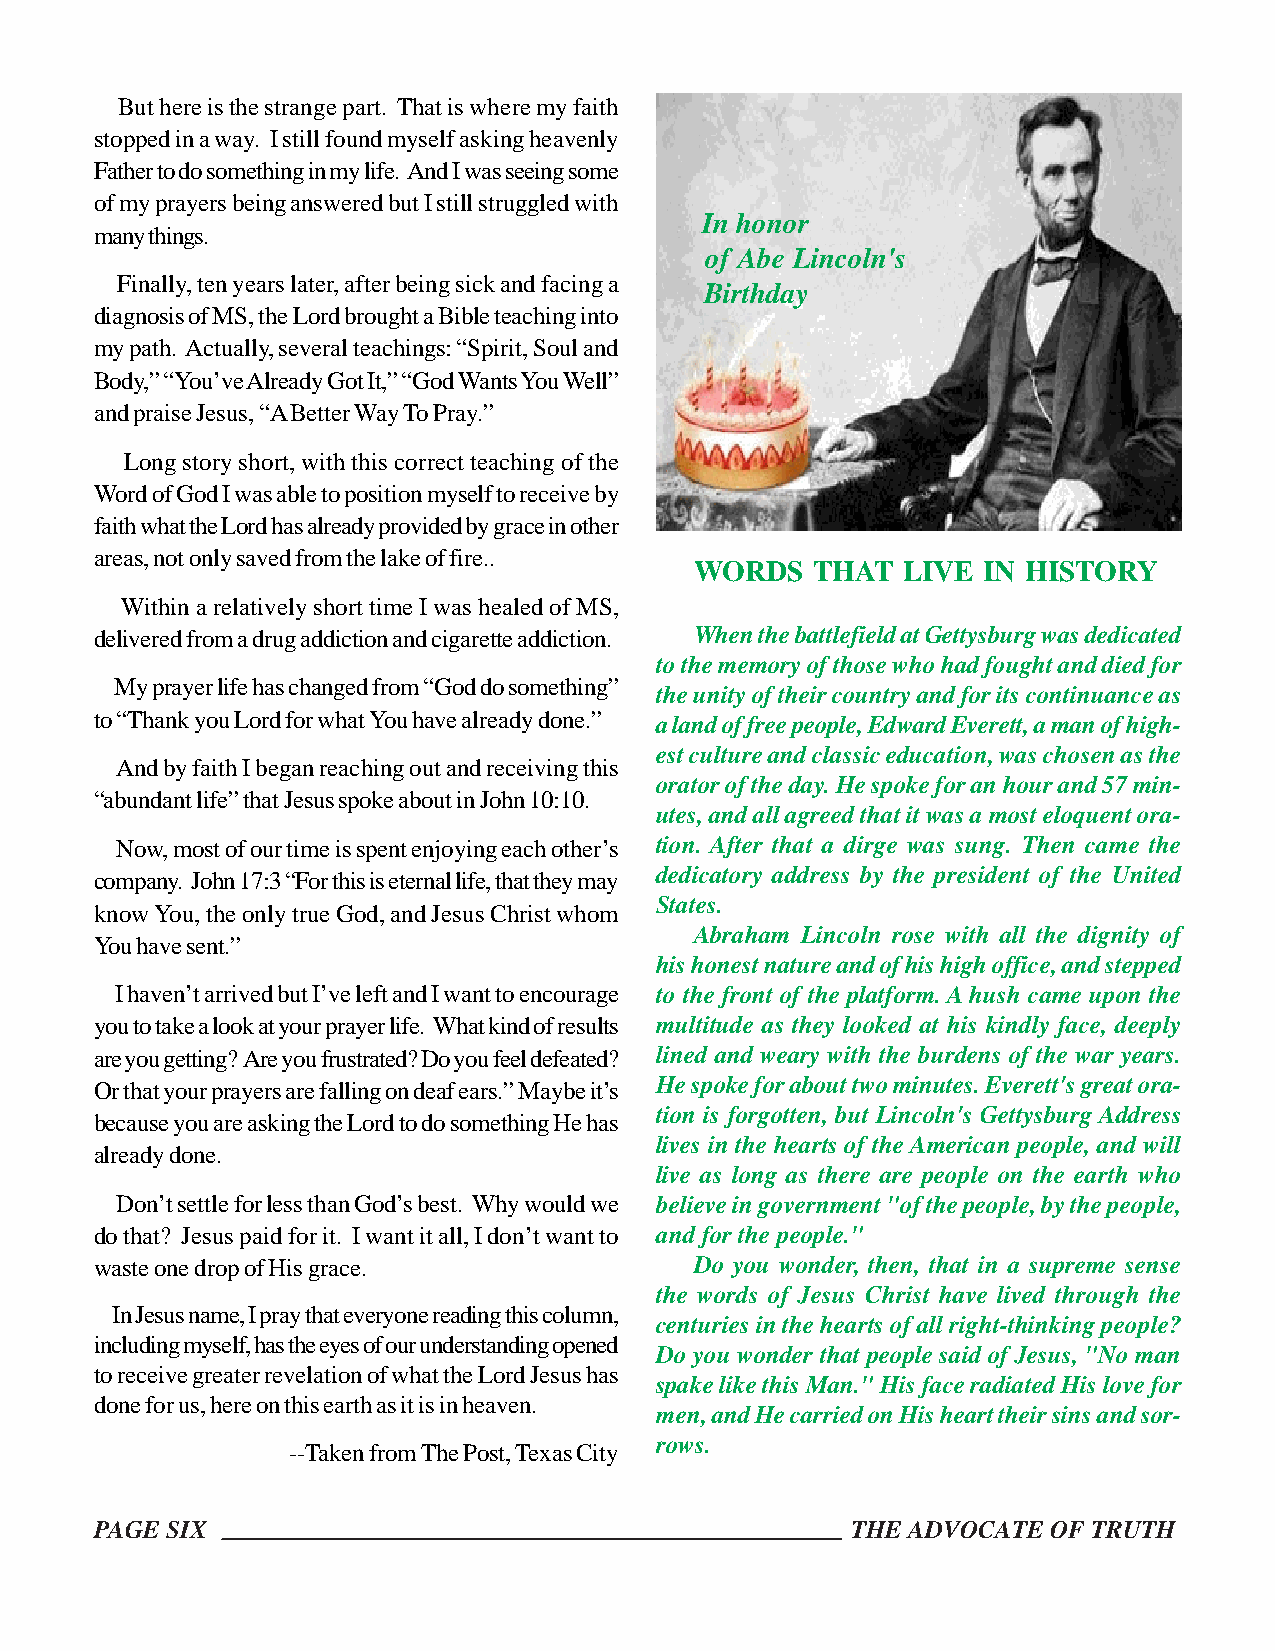
But here is the strange part. That is where my faith
 stopped in a way. I still found myself asking heavenly
 Father to do something in my life. And I was seeing some
 of my prayers being answered but I still struggled with
 In honor
 many things.
 of Abe Lincoln's
 Finally, ten years later, after being sick and facing a
 Birthday
 diagnosis of MS, the Lord brought a Bible teaching into
 my path. Actually, several teachings: “Spirit, Soul and
 Body,” “You’ve Already Got It,” “God Wants You Well”
 and praise Jesus, “A Better Way To Pray.”
 Long story short, with this correct teaching of the
 Word of God I was able to position myself to receive by
 faith what the Lord has already provided by grace in other
 areas, not only saved from the lake of fire..
 WORDS   THAT  LIVE IN HISTORY
 Within a relatively short time I was healed of MS,
 delivered from a drug addiction and cigarette addiction. When the battlefield at Gettysburg was dedicated
 to the memory of those who had fought and died for
 My prayer life has changed from “God do something”
 the unity of their country and for its continuance as
 to “Thank you Lord for what You have already done.” a land of free people, Edward Everett, a man of high-
 est culture and classic education, was chosen as the
 And by faith I began reaching out and receiving this
 orator of the day. He spoke for an hour and 57 min-
 “abundant life” that Jesus spoke about in John 10:10.
 utes, and all agreed that it was a most eloquent ora-
 Now, most of our time is spent enjoying each other’s tion. After that a dirge was sung. Then came the
 dedicatory address by the president of the United
 company. John 17:3 “For this is eternal life, that they may
 States.
 know You, the only true God, and Jesus Christ whom
 Abraham Lincoln rose with all the dignity of
 You have sent.”
 his honest nature and of his high office, and stepped
 I haven’t arrived but I’ve left and I want to encourage to the front of the platform. A hush came upon the
 you to take a look at your prayer life. What kind of results multitude as they looked at his kindly face, deeply
 are you getting? Are you frustrated? Do you feel defeated? lined and weary with the burdens of the war years.
 Or that your prayers are falling on deaf ears.” Maybe it’s He spoke for about two minutes. Everett's great ora-
 tion is forgotten, but Lincoln's Gettysburg Address
 because you are asking the Lord to do something He has
 lives in the hearts of the American people, and will
 already done.
 live as long as there are people on the earth who
 Don’t settle for less than God’s best. Why would we believe in government "of the people, by the people,
 do that? Jesus paid for it. I want it all, I don’t want to and for the people."
 waste one drop of His grace.            Do you wonder, then, that in a supreme sense
 the words of Jesus Christ have lived through the
 In Jesus name, I pray that everyone reading this column,
 centuries in the hearts of all right-thinking people?
 including myself, has the eyes of our understanding opened
 Do you wonder that people said of Jesus, "No man
 to receive greater revelation of what the Lord Jesus has
 spake like this Man." His face radiated His love for
 done for us, here on this earth as it is in heaven.
 men, and He carried on His heart their sins and sor-
 rows.
 --Taken from The Post, Texas City
 PAGE SIX                                          THE ADVOCATE  OF TRUTH